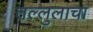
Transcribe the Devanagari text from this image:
तल्लुलाचा